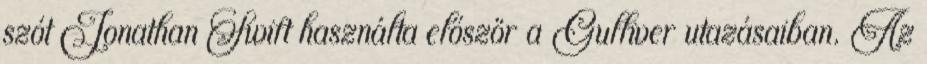
szót Jonathan Swift használta először a Gulliver utazásaiban. Az